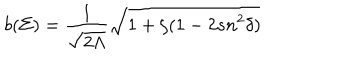
LaTeX: b ( \Sigma ) = \frac { 1 } { \sqrt { 2 \Lambda } } \sqrt { 1 + \zeta ( 1 - 2 s n ^ { 2 } \delta ) }